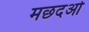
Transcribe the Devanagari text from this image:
मछदओ